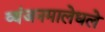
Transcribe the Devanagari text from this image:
व्यंजनमालेधले